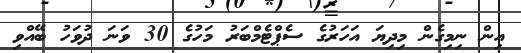
އިން ނިމިގެން މިދިޔަ އަހަރުގެ ސެޕްޓެމްބަރު މަހުގެ 30 ވަނަ ދުވަހު ބޭއްވި